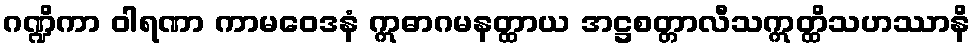
ဂဏ္ဍိကာ ဝါရဏာ ကာမဝေဒနံ ဣဓာဂမနတ္ထာယ အဋ္ဌစတ္တာလီသဣတ္ထိသဟဿာနိ